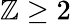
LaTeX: \mathbb{Z}\ge2